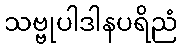
သဗ္ဗုပါဒါနပရိညံ